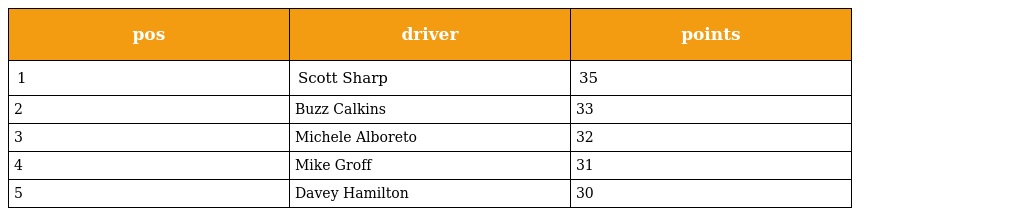
| pos | driver | points |
 | --- | --- | --- |
 | 1 | Scott Sharp | 35 |
 | 2 | Buzz Calkins | 33 |
 | 3 | Michele Alboreto | 32 |
 | 4 | Mike Groff | 31 |
 | 5 | Davey Hamilton | 30 |